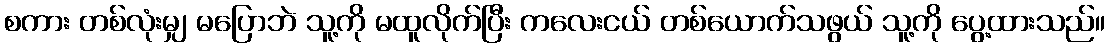
စကား တစ်လုံးမျှ မပြောဘဲ သူ့ကို မထူလိုက်ပြီး ကလေးငယ် တစ်ယောက်သဖွယ် သူ့ကို ပွေ့ထားသည်။